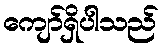
ကျော်ရှိပါသည်